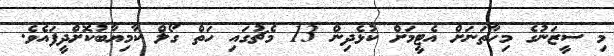
މި ސީޒަނުގެ މިހާތަނަށް އެޓީމަށް ކުޅެދިން 13 މެޗުގައި ހަތް ގޯލް ކާމިޔާބުކޮށްދީފައެވެ.